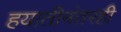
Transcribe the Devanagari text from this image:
हयातीनंतरही